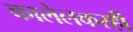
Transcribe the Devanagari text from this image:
कालेलकरही